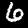
Label: 6